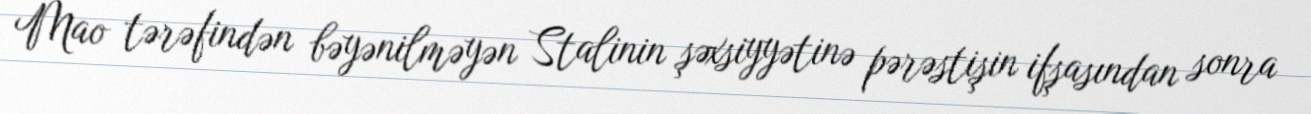
Mao tərəfindən bəyənilməyən Stalinin şəxsiyyətinə pərəstişin ifşasından sonra